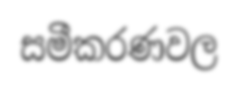
සමීකරණවල